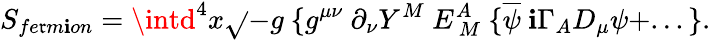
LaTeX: S_{fe\mathfrak{r}m\mathbf{i}on}=\intd^{4}x\sqrt{}{{-g}}~\{ g^{\mu\nu}~\partial_{\nu}Y^{M}~E_{~M}^{A}~\{ \overline{{{{\psi}}}}~\mathbf{i}\Gamma_{A}D_{\mu}\psi+...\} .